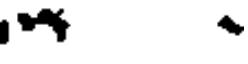
* +